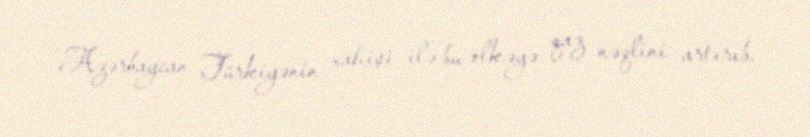
Azərbaycan Türkiyənin xahişi ilə bu ölkəyə qaz nəqlini artırıb.